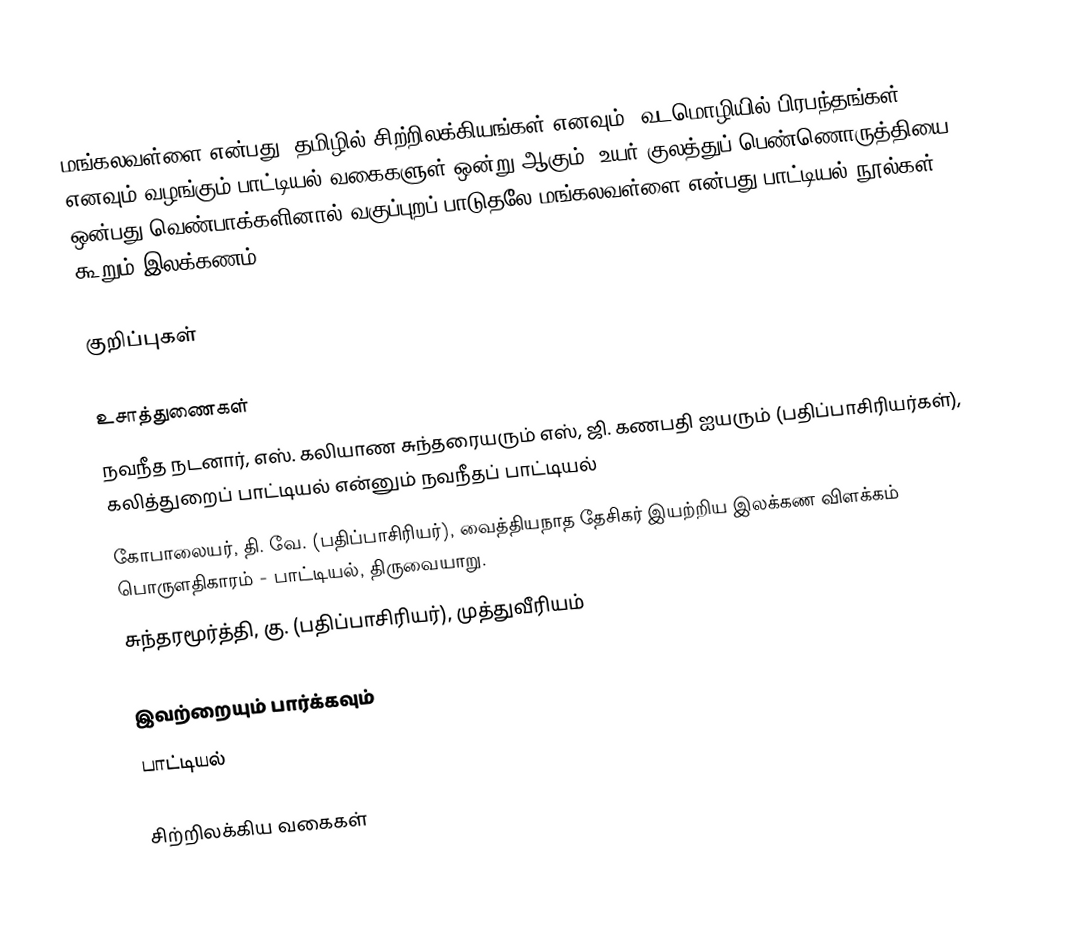
மங்கலவள்ளை என்பது, தமிழில் சிற்றிலக்கியங்கள் எனவும், வடமொழியில் பிரபந்தங்கள் எனவும் வழங்கும் பாட்டியல் வகைகளுள் ஒன்று ஆகும். உயர் குலத்துப் பெண்ணொருத்தியை ஒன்பது வெண்பாக்களினால் வகுப்புறப் பாடுதலே மங்கலவள்ளை என்பது பாட்டியல் நூல்கள் கூறும் இலக்கணம்.

குறிப்புகள்

உசாத்துணைகள்
 நவநீத நடனார், எஸ். கலியாண சுந்தரையரும் எஸ், ஜி. கணபதி ஐயரும் (பதிப்பாசிரியர்கள்), கலித்துறைப் பாட்டியல் என்னும் நவநீதப் பாட்டியல்
 கோபாலையர், தி. வே. (பதிப்பாசிரியர்), வைத்தியநாத தேசிகர் இயற்றிய இலக்கண விளக்கம் பொருளதிகாரம் - பாட்டியல், திருவையாறு.
 சுந்தரமூர்த்தி, கு. (பதிப்பாசிரியர்), முத்துவீரியம்

இவற்றையும் பார்க்கவும்
 பாட்டியல்

சிற்றிலக்கிய வகைகள்